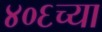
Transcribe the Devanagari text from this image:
४०६च्या